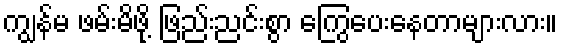
ကျွန်မ ဖမ်းမိဖို့ ဖြည်းညင်းစွာ ကြွေပေးနေတာများလား။